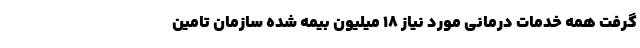
گرفت همه خدمات درمانی مورد نیاز ۱۸ میلیون بیمه شده‌ سازمان تامین